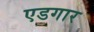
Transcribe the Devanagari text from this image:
एडगार